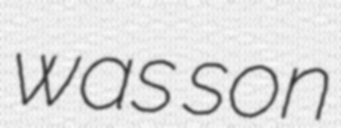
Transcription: was son